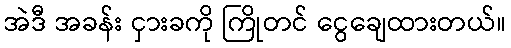
အဲဒီ အခန်း ငှားခကို ကြိုတင် ငွေချေထားတယ်။